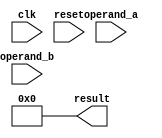
module booth_multiplier (
    input wire clk,
    input wire reset,
    input wire [15:0] operand_a,
    input wire [15:0] operand_b,
    output wire [31:0] result
);

reg [15:0] multiplier_reg = 0;
reg [15:0] partial_product_reg = 0;
reg [1:0] booth_state = 0;
reg [31:0] accumulator = 0;

always @(posedge clk or posedge reset) begin
    if (reset) begin
        multiplier_reg <= 0;
        partial_product_reg <= 0;
        booth_state <= 0;
        accumulator <= 0;
    end else begin
        multiplier_reg <= operand_a;
        partial_product_reg <= 0;
        booth_state <= 0;
        accumulator <= 0;
    end
end

always @(posedge clk) begin
    case (booth_state)
        2'b00: begin // Initial state
            if (operand_b[0] == 1) begin
                partial_product_reg <= partial_product_reg - multiplier_reg;
            end else begin
                partial_product_reg <= partial_product_reg + multiplier_reg;
            end
            booth_state <= 2'b01;
        end
        2'b01: begin // Shift right
            multiplier_reg <= {multiplier_reg[14:0], multiplier_reg[15]};
            booth_state <= 2'b10;
        end
        2'b10: begin // Check for end condition
            if (booth_state == 15) begin
                booth_state <= 2'b11;
            end else begin
                booth_state <= 2'b00;
            end
        end
        default: booth_state <= 0; // Reset state
    endcase
end

assign result = accumulator;

endmodule